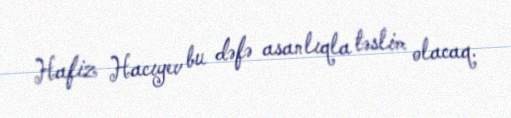
Hafiz Hacıyev bu dəfə asanlıqla təslim olacaq.